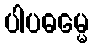
ပါပဓမ္မေ